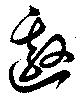
邀